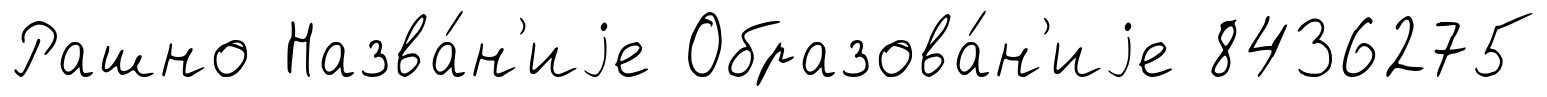
Рашно Назва́н'иjе Образова́н'иjе 8436275